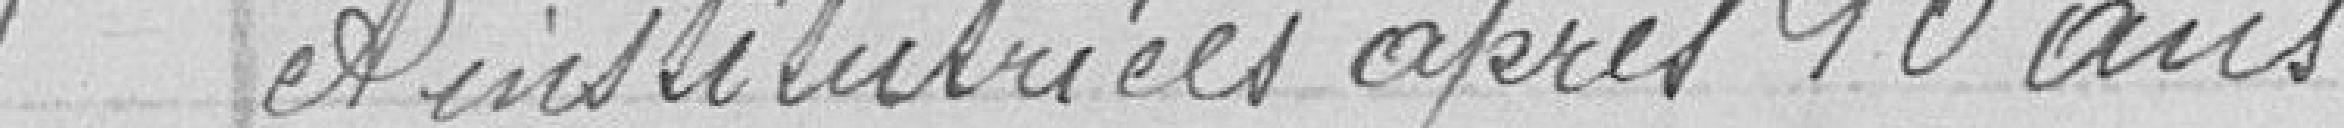
et institutrices après 10 ans